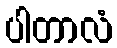
ပါတာလံ